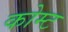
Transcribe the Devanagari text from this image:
कोम्ट